画像に写った文字を読んでください
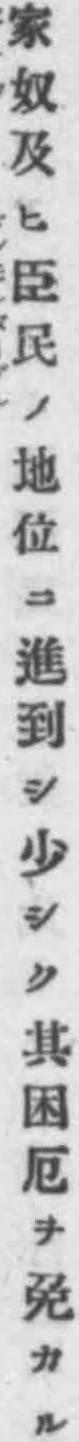
「家奴及ヒ臣民ノ地位ニ進到シ少シク其困厄ヲ免カル」と書いてあります